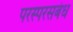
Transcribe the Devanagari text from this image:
परस्परसबंध